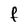
Character: f